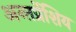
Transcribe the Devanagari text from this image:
अन्तर्प्रेशिय